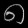
Digit: ၈